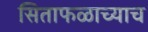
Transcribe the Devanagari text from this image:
सिताफळाच्याच